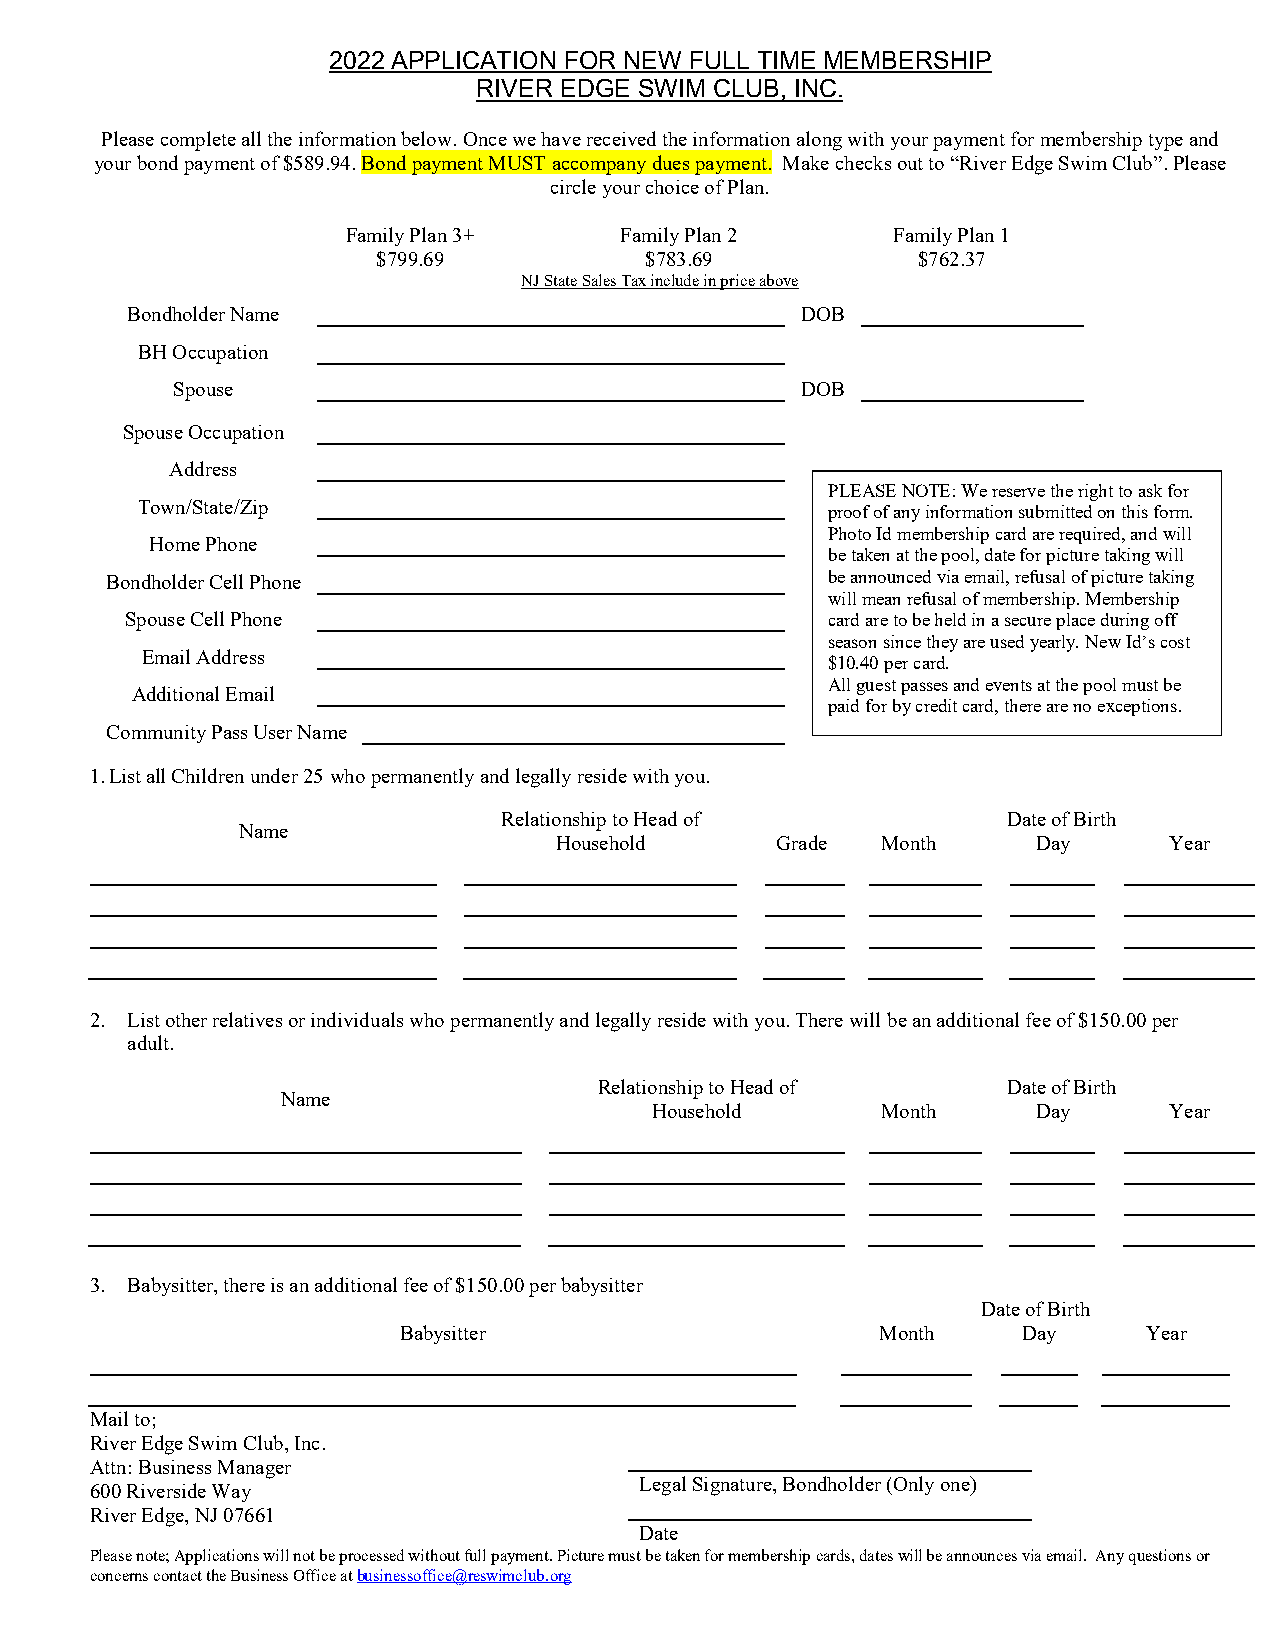
2022 APPLICATION FOR NEW FULL TIME MEMBERSHIP
 RIVER EDGE SWIM CLUB, INC.
 Please complete all the information below. Once we have received the information along with your payment for membership type and
 your bond payment of $589.94. Bond payment MUST accompany dues payment. Make checks out to “River Edge Swim Club”. Please
 circle your choice of Plan.
 Family Plan 3+    Family Plan 2     Family Plan 1
 $799.69           $783.69           $762.37
 NJ State Sales Tax include in price above
 Bondholder Name                              DOB
 BH Occupation
 Spouse                                    DOB
 Spouse Occupation
 Address
 PLEASE NOT E: We reserve the right to ask for
 Town/State/Zip                                proof of any information submitted on this form.
 Photo Id mem bership card are required, and will
 Home Phone
 be taken at the pool, date for picture taking will
 Bondholder Cell Phone                           be announced via email, refusal of picture taking
 will mean refusal of membership. Membership
 Spouse Cell Phone                              card are to be held in a secure place during off
 season since th ey are used yearly. New Id’s cost
 Email Address
 $10.40 per card.
 All guest passe s and events at the pool must be
 Additional Email
 paid for by credit card, there are no exceptions.
 Community Pass User Name
 1. List all Children under 25 who permanently and legally reside with you.
 Relationship to Head of           Date of Birth
 Name
 Household     Grade  Month      Day     Year
 2. List other relatives or individuals who permanently and legally reside with you. There will be an additional fee of $150.00 per
 adult.
 Relationship to Head of    Date of Birth
 Name
 Household      Month      Day     Year
 3. Babysitter, there is an additional fee of $150.00 per babysitter
 Date of Birth
 Babysitter                      Month     Day     Year
 Mail to;
 River Edge Swim Club, Inc.
 Attn: Business Manager
 Legal Signature, Bondholder (Only one)
 600 Riverside Way
 River Edge, NJ 07661
 Date
 Please note; Applications will not be processed without full payment. Picture must be taken for membership cards, dates will be announces via email. Any questions or
 concerns contact the Business Office at businessoffice@reswimclub.org